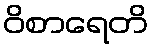
ဝိစာရေတိ